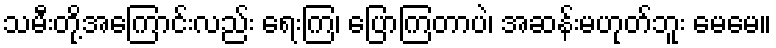
သမီးတို့အကြောင်းလည်း ရေးကြ၊ ပြောကြတာပဲ၊ အဆန်းမဟုတ်ဘူး မေမေ။